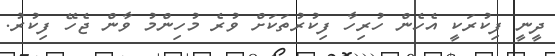
ދީނީ ފިކުރަކީ އެހެން ހުރިހާ ފިކުރުތަކަށް ވުރެ މުހިންމު ވާން ޖެހޭ ފިކުރު.